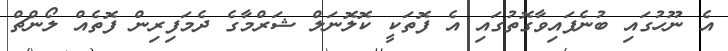
އެ ނޫހުގައި ބުނެފައިވާގޮތުގައި އެ ފޮތަކީ ކޮލޮނަލް ޝަރްމާގެ ދެމަފިރިން ފޮތެއް ލޯންޗް